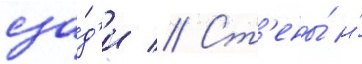
сза́д'и // Ст'ены́ и́